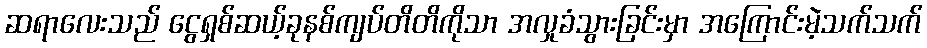
ဆရာလေးသည် ငွေရှစ်ဆယ့်ခုနစ်ကျပ်တိတိကိုသာ အလှုခံသွားခြင်းမှာ အကြောင်းမဲ့သက်သက်